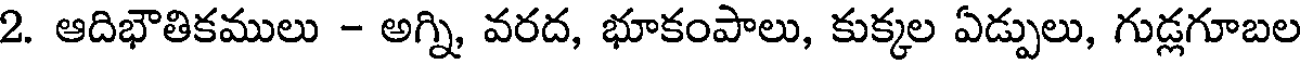
2. ఆదిభౌతికములు - అగ్ని, వరద, భూకంపాలు, కుక్కల ఏడ్పులు, గుడ్లగూబల